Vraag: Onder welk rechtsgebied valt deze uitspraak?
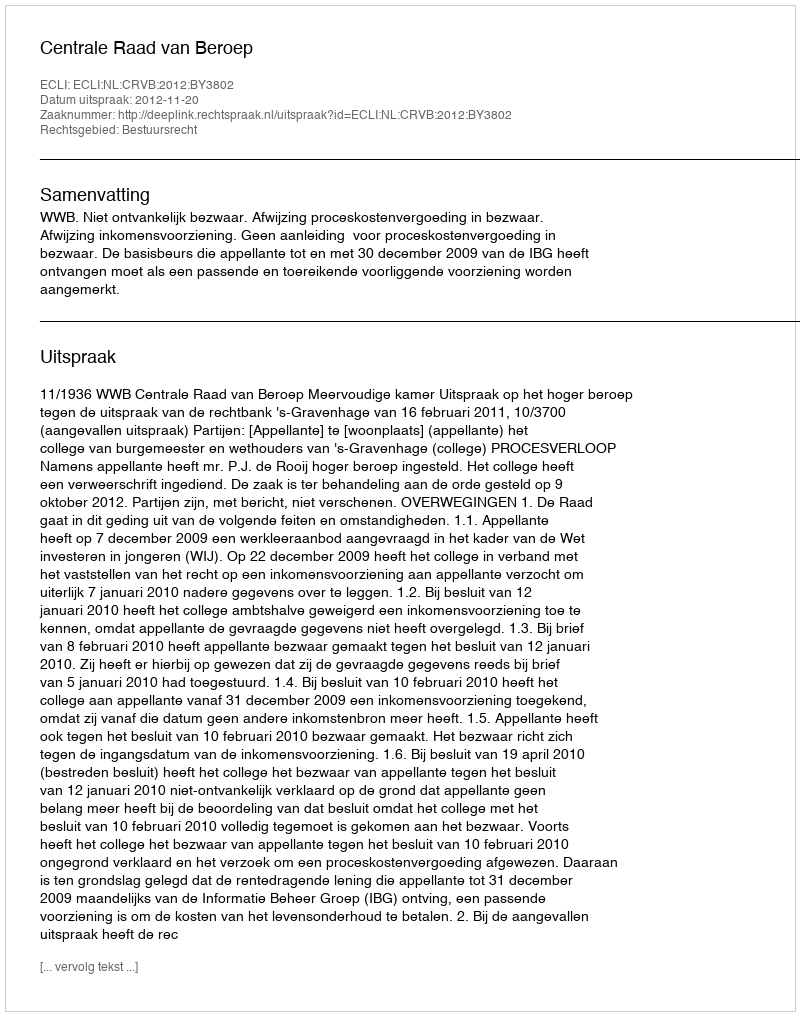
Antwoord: Bestuursrecht